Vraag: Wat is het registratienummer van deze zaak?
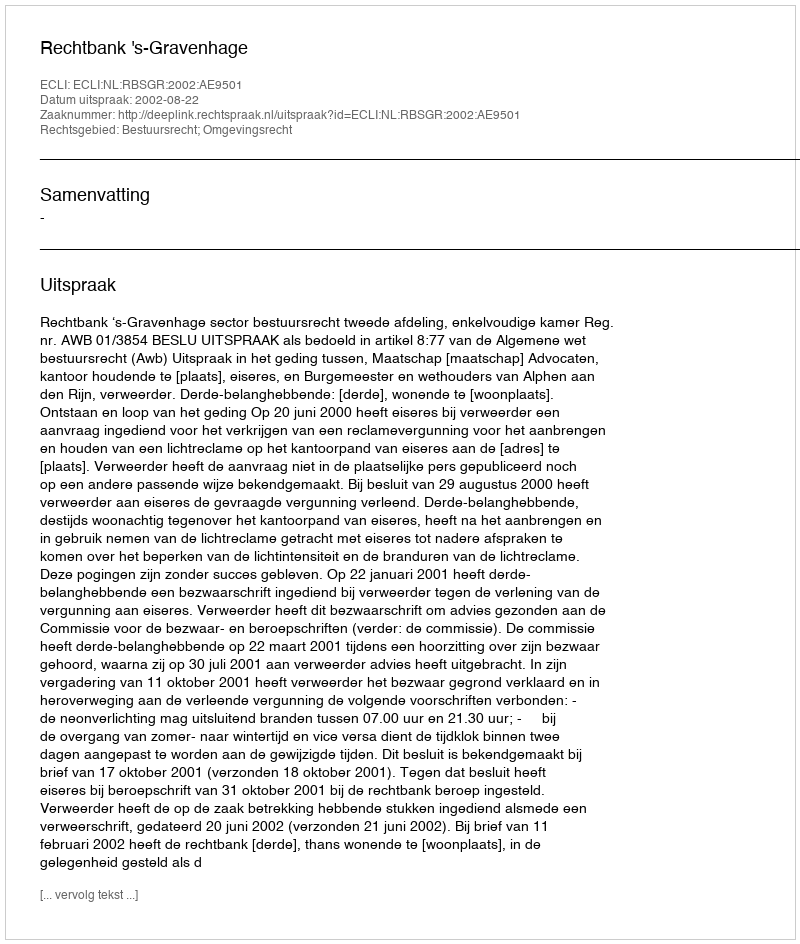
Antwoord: http://deeplink.rechtspraak.nl/uitspraak?id=ECLI:NL:RBSGR:2002:AE9501